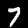
Label: 7